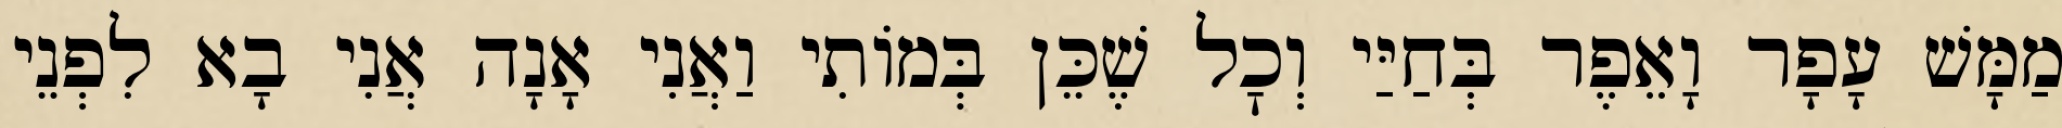
מַמָּשׁ עָפָר וָאֵפֶר בְּחַיַּי וְכׇל שֶׁכֵּן בְּמוֹתִי וַאֲנִי אָנָה אֲנִי בָא לִפְנֵי